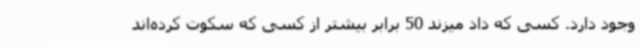
وجود دارد. کسی که داد میزند 50 برابر بیشتر از کسی که سکوت کرده‌اند